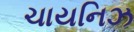
ચાયનિઝ